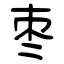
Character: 枣